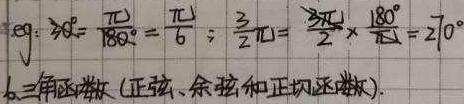
$eg:30^{\circ}=\frac {\pi}{180^{\circ}}=\frac {\pi}{6};\frac {3}{2}\pi=\frac {3\pi}{2}\times\frac {180^{\circ}}{\pi}=270^{\circ}$
6.三角函数(正弦、余弦和正切函数).